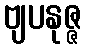
ဗျပနုဇ္ဇ